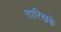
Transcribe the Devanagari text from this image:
तारिखके